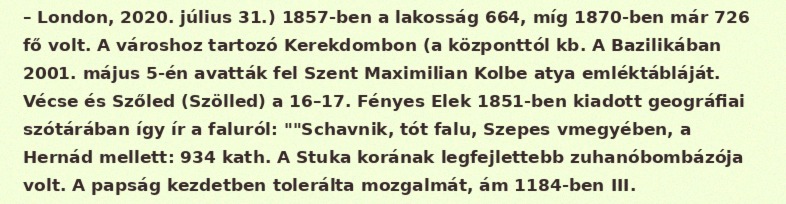
– London, 2020. július 31.) 1857-ben a lakosság 664, míg 1870-ben már 726 fő volt. A városhoz tartozó Kerekdombon (a központtól kb. A Bazilikában 2001. május 5-én avatták fel Szent Maximilian Kolbe atya emléktábláját. Vécse és Szőled (Szölled) a 16–17. Fényes Elek 1851-ben kiadott geográfiai szótárában így ír a faluról: ""Schavnik, tót falu, Szepes vmegyében, a Hernád mellett: 934 kath. A Stuka korának legfejlettebb zuhanóbombázója volt. A papság kezdetben tolerálta mozgalmát, ám 1184-ben III.